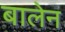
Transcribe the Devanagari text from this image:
बालेन